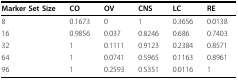
| Marker Set Size | CO | OV | CNS | LC | RE |
 | --- | --- | --- | --- | --- | --- |
 | 8 | 0.1673 | 0 | 1 | 0.3656 | 0.0138 |
 | 16 | 0.9856 | 0.037 | 0.8246 | 0.686 | 0.7403 |
 | 32 | 1 | 0.1111 | 0.9123 | 0.2384 | 0.8571 |
 | 64 | 1 | 0.0741 | 0.5965 | 0.1163 | 0.8961 |
 | 96 | 1 | 0.2593 | 0.5351 | 0.0116 | 1 |